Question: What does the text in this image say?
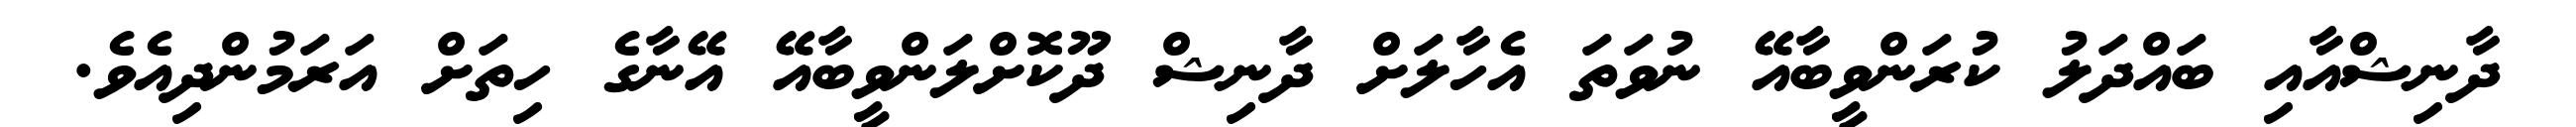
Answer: ދާނިޝްއާއި ބައްދަލު ކުރަންވީބާއޭ ނުވަތަ އެހާލަށް ދާނިޝް ދޫކޮށްލަންވީބާއޭ އޭނާގެ ހިތަށް އަރަމުންދިއެވެ.